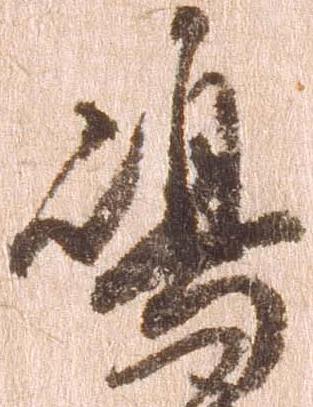
嶋